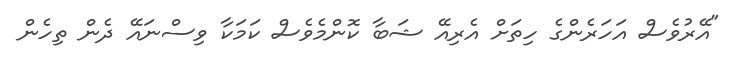
"އޭރުވެސް އަހަރެންގެ ހިތަށް އެރިއޭ ޝަބާ ކޮންމެވެސް ކަމަކާ ވިސްނައޭ ދެން ތިހެން